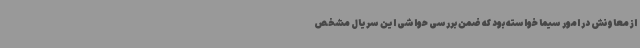
از معاونش در امور سیما خواسته بود که ضمن بررسی حواشی این سریال مشخص